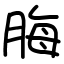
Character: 脢